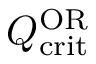
Q _ { \mathrm { c r i t } } ^ { \mathrm { O R } }